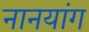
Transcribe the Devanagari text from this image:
नानयांग